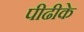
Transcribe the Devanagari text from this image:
पीढीके